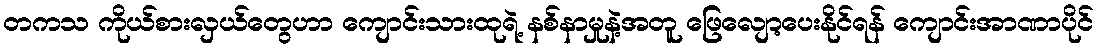
တကသ ကိုယ်စားလှယ်တွေဟာ ကျောင်းသားထုရဲ့ နစ်နာမှုနဲ့အတူ ဖြေလျော့ပေးနိုင်ရန် ကျောင်းအာဏာပိုင်